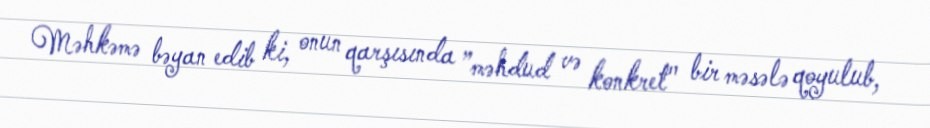
Məhkəmə bəyan edib ki, onun qarşısında ”məhdud və konkret" bir məsələ qoyulub,